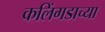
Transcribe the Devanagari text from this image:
कलिंगडाच्या